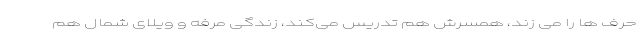
حرف ها را می زند، همسرش هم تدریس می‌کند، زندگی مرفه و ویلای شمال هم